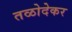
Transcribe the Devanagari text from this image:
तळोदेकर